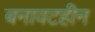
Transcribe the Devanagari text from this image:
बनावटहीन